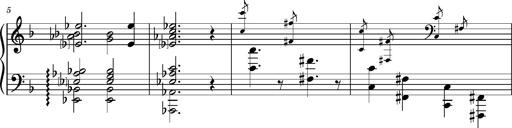
Title: Dante fragment, S.701e
Composer: Franz Liszt
Key: D minor